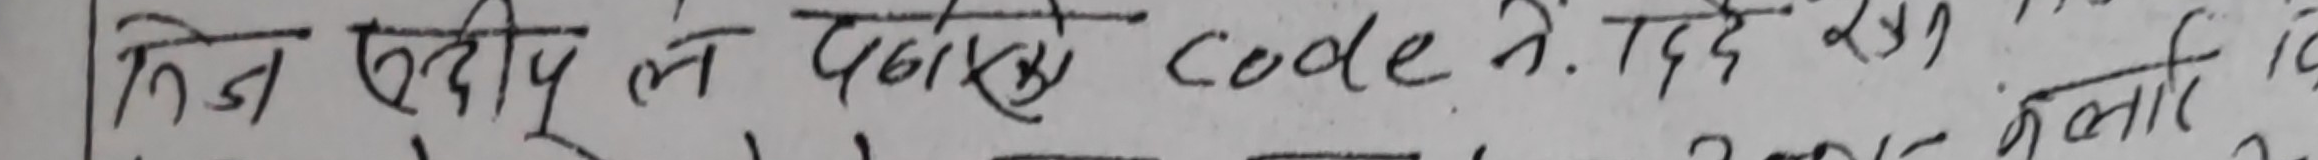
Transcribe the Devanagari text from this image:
निज फ्लिप ले पठाएको code नं. ६६९ र ५०९ को